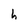
Character: h